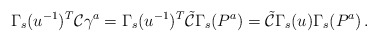
\begin{align*}\Gamma_{s}(u^{-1})^{T}\mathcal{C}\gamma^{a}= \Gamma_{s}(u^{-1})^{T}\tilde{\mathcal{C}}\Gamma_{s}(P^{a})=\tilde{\mathcal{C}}\Gamma_{s}(u)\Gamma_{s}(P^{a})\, .\end{align*}